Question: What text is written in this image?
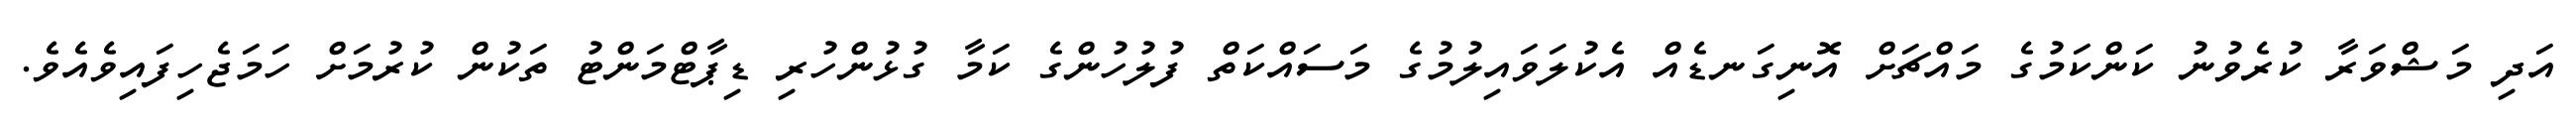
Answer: އަދި މަޝްވަރާ ކުރެވުނު ކަންކަމުގެ މައްޗަށް އޮނިގަނޑެއް އެކުލަވައިލުމުގެ މަސައްކަތް ފުލުހުންގެ ކަމާ ގުޅުންހުރި ޑިޕާޓްމަންޓު ތަކުން ކުރުމަށް ހަމަޖެހިފައިވެއެވެ.